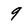
Character: 9